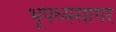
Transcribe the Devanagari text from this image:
भूपध्यसागर